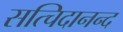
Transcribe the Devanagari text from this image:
सत्चिदानन्द